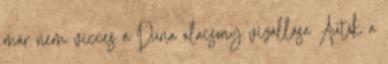
már nem vicces a Duna alacsony vízállása Autók a